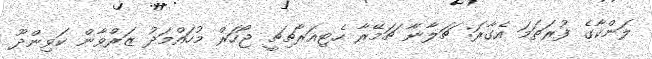
ލަންކާގެ ފުރަތަމަ އެގާރަ: ޗަލާނާ ޗަމޭރާ ހެޓިއަރާޗިޗީ ޖޯހަރް މުހައްމަދު ޒަރްވާން ކަވިންދޫ